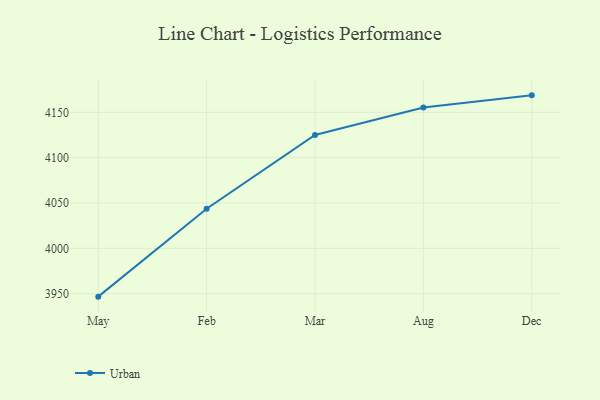
{"axis": {"x": "Month", "y": "Shipments"}, "legend": ["Urban"], "data": [{"x": "May", "y": 3946.7, "type": "Urban"}, {"x": "Feb", "y": 4043.7, "type": "Urban"}, {"x": "Mar", "y": 4125.0, "type": "Urban"}, {"x": "Aug", "y": 4155.3, "type": "Urban"}, {"x": "Dec", "y": 4168.7, "type": "Urban"}]}